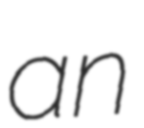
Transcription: an